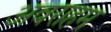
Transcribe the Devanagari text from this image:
अवराहम